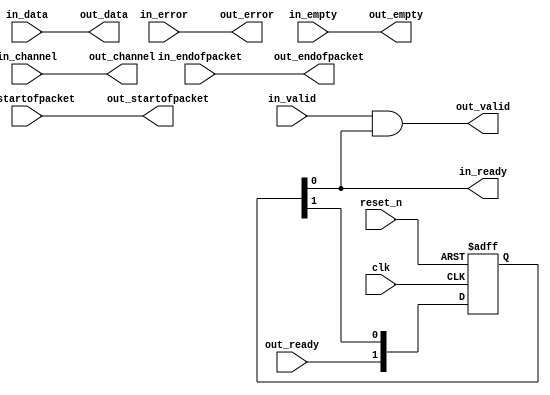
// --------------------------------------------------------------------------------
//| Avalon Streaming Timing Adapter
// --------------------------------------------------------------------------------

`timescale 1ns / 100ps
module sonic_vc_multiplexer_adapter (
    
      // Interface: clk
      input              clk,
      // Interface: reset
      input              reset_n,
      // Interface: in
      output reg         in_ready,
      input              in_valid,
      input      [127: 0] in_data,
      input              in_channel,
      input              in_error,
      input              in_startofpacket,
      input              in_endofpacket,
      input              in_empty,
      // Interface: out
      input              out_ready,
      output reg         out_valid,
      output reg [127: 0] out_data,
      output reg         out_channel,
      output reg         out_error,
      output reg         out_startofpacket,
      output reg         out_endofpacket,
      output reg         out_empty
);




   // ---------------------------------------------------------------------
   //| Signal Declarations
   // ---------------------------------------------------------------------

   reg  [132: 0] in_payload;
   reg  [132: 0] out_payload;
   reg  [ 2: 0] ready;


   // ---------------------------------------------------------------------
   //| Payload Mapping
   // ---------------------------------------------------------------------
   always @* begin
     in_payload = {in_data,in_channel,in_error,in_startofpacket,in_endofpacket,in_empty};
     {out_data,out_channel,out_error,out_startofpacket,out_endofpacket,out_empty} = out_payload;
   end

   // ---------------------------------------------------------------------
   //| Ready & valid signals.
   // ---------------------------------------------------------------------
   always @* begin
     ready[2] = out_ready;
     out_valid = in_valid && ready[0];
     out_payload = in_payload;
     in_ready = ready[0];
   end


   always @(posedge clk or negedge reset_n) begin
      if (!reset_n) begin
        ready[2-1:0] <= 0;
      end else begin
        ready[2-1:0] <= ready[2:1];
      end 
   end


endmodule